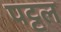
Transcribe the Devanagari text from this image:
पट्टल